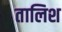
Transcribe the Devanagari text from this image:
तालिश